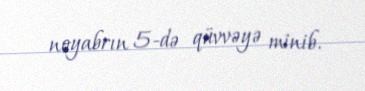
noyabrın 5-də qüvvəyə minib.